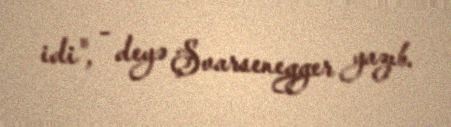
idi", - deyə Şvarsenegger yazıb.